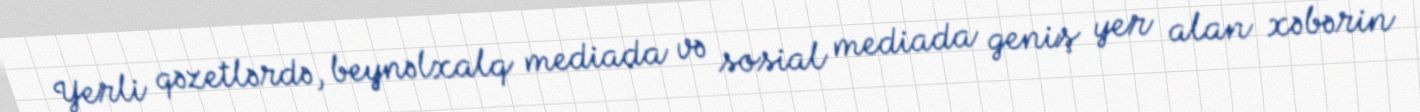
Yerli qəzetlərdə, beynəlxalq mediada və sosial mediada geniş yer alan xəbərin